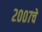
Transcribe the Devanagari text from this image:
२००७चे